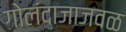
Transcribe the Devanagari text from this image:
गोलंदाजाजवळ